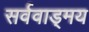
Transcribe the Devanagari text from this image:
सर्ववाड्मय